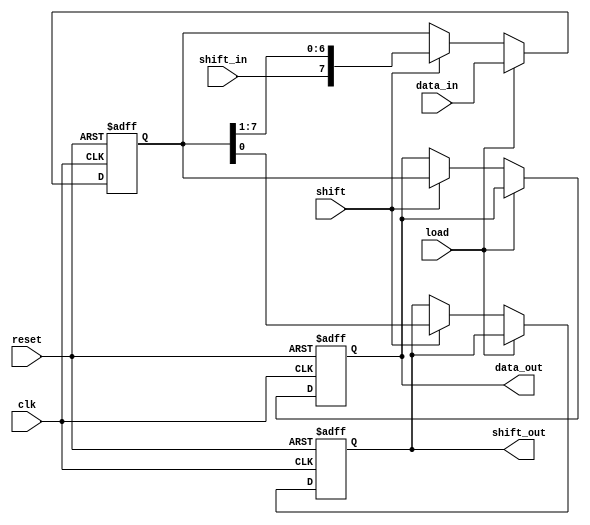
module ParameterizedShiftRegister #(
    parameter WIDTH = 8,     // Width of the shift register
    parameter MODE = 0       // 0: SIPO, 1: PISO
)(
    input wire clk,          // Clock signal
    input wire reset,        // Asynchronous reset
    input wire [WIDTH-1:0] data_in,  // Parallel input data (for PISO)
    input wire shift_in,     // Serial input data (for SIPO)
    input wire load,         // Load control signal
    input wire shift,        // Shift control signal
    output reg [WIDTH-1:0] data_out, // Parallel output data (for SIPO)
    output reg shift_out     // Serial output data (for SIPO)
);

    reg [WIDTH-1:0] shift_reg; // Internal shift register

    always @(posedge clk or posedge reset) begin
        if (reset) begin
            shift_reg <= {WIDTH{1'b0}}; // Reset shift register to 0
            data_out <= {WIDTH{1'b0}};  // Reset output data to 0
            shift_out <= 1'b0;          // Reset shift output to 0
        end else begin
            if (load) begin
                // Load data_in into shift_reg (PISO mode)
                shift_reg <= data_in;
            end else if (shift) begin
                // Shift operation
                if (MODE == 0) begin // SIPO
                    // Shift right and load new bit from shift_in
                    shift_out <= shift_reg[0]; // Output the LSB
                    shift_reg <= {shift_in, shift_reg[WIDTH-1:1]};
                    data_out <= shift_reg; // Update parallel output
                end else if (MODE == 1) begin // PISO
                    // Shift left and output MSB
                    shift_out <= shift_reg[WIDTH-1]; // Output the MSB
                    shift_reg <= {shift_reg[WIDTH-2:0], 1'b0}; // Shift left
                end
            end
        end
    end

endmodule